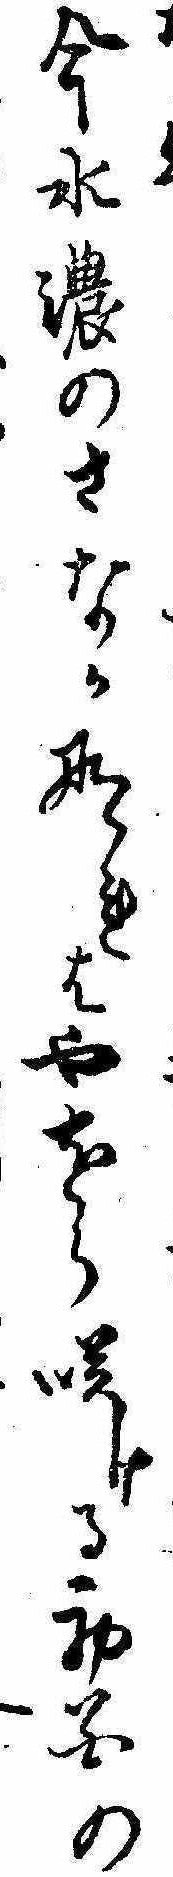
今水濃のさなかなれはやをら咲ける初花の